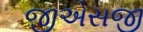
જીએસજી